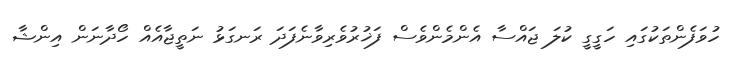
ހުވަފެންތަކުގައި ހަގީގީ ކުލަ ޖައްސާ އެންމެންވެސް ފަޚުރުވެރިވާނެފަދަ ރަނގަޅު ނަތީޖާއެއް ހޯދާނަން އިންޝާ